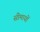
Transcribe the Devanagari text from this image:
सीमायों